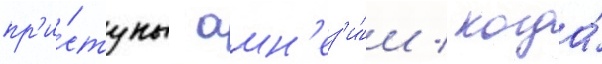
пр'и́ступы амн'ез'и́и / когда́